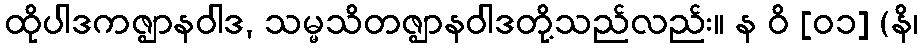
ထိုပါဒကဇ္ဈာနဝါဒ, သမ္မသိတဇ္ဈာနဝါဒတို့သည်လည်း။ န ဝိ [၀၁] (နိ၊